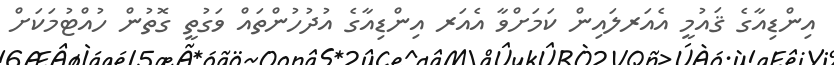
އިންޑިއާގެ ޤައުމީ އެއަރލައިން ކަމަށްވާ އެއަރ އިންޑިއާގެ އުދުހުންތައް ވަގުތީ ގޮތުން ހުއްޓުމަކަށް